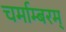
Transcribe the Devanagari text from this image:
चर्माम्बरम्